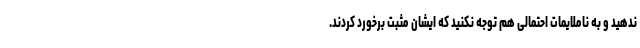
ندهید و به ناملایمات احتمالی هم توجه نکنید که ایشان مثبت برخورد کردند.